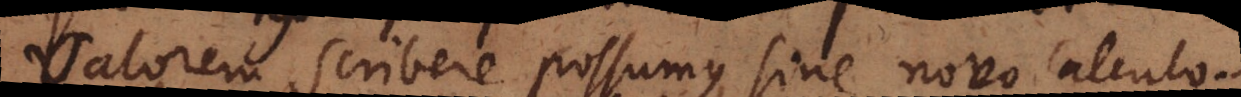
valorem scribere possumus, sine novo calculo.